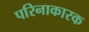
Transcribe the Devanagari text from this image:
परिनाकारक